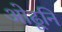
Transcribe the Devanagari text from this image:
ओढूनि